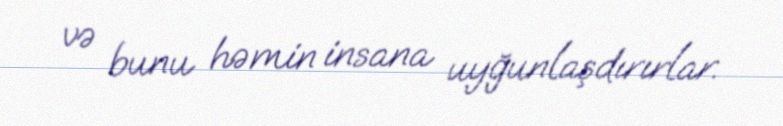
və bunu həmin insana uyğunlaşdırırlar.